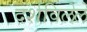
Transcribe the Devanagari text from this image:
दर्शविलेले